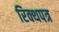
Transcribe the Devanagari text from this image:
रिक्थपत्र